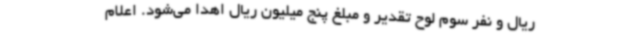
ریال و نفر سوم لوح تقدیر و مبلغ پنج میلیون ریال اهدا می‌شود. اعلام